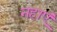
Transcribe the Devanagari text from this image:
नहाएं